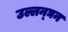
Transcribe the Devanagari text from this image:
उल्लन्घन